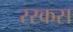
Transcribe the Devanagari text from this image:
रस्कस